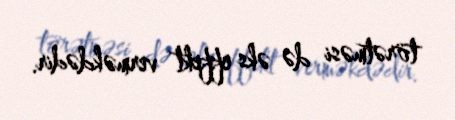
törətməsi də əks effekt verməkdədir.